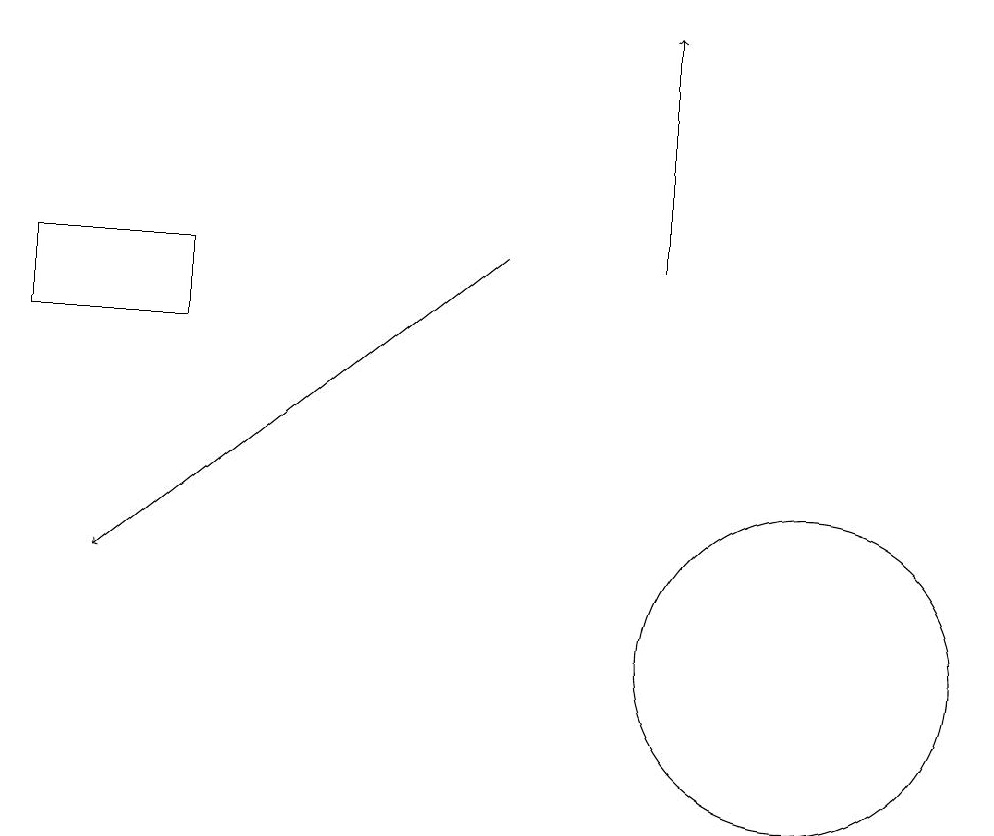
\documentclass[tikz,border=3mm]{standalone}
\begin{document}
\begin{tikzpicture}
\draw[->] (7,15) -- (2,11);
\draw[->] (9,15) -- (9,18);
\draw (1,15) rectangle (3,14);
\draw (11,10) circle (2);
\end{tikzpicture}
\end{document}